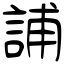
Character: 誧